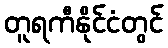
တူရကီနိုင်ငံတွင်